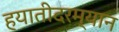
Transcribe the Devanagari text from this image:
हयातीदरम्यान